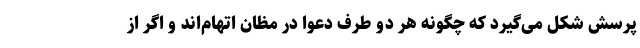
پرسش شکل می‌گیرد که چگونه هر دو طرف دعوا در مظان اتهام‌اند و اگر از